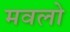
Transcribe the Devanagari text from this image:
मवलो